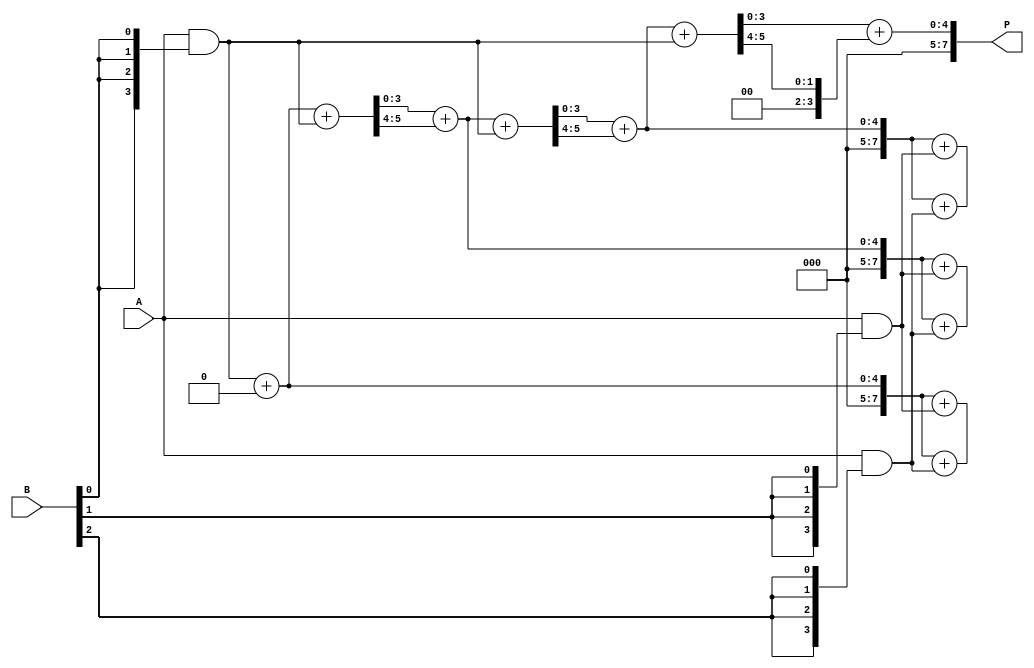
module wallace_tree_multiplier #(parameter N = 4) (
    input [N-1:0] A,
    input [N-1:0] B,
    output reg [2*N-1:0] P
);

    // Partial product array
    wire [N-1:0] pp [0:N-1]; // Partial products

    // Generate partial products
    genvar i;
    generate
        for (i = 0; i < N; i = i + 1) begin : partial_product_gen
            assign pp[i] = A & {N{B[i]}}; // AND each bit of B with A
        end
    endgenerate

    // Carry-Save Adder (CSA) structure
    wire [N-1:0] sum [0:N-1];
    wire [N-1:0] carry [0:N-1];

    // Initialize sum and carry
    assign sum[0] = pp[0];
    assign carry[0] = 0;

    // Wallace tree reduction
    genvar j, k;
    generate
        for (j = 0; j < N-1; j = j + 1) begin : wallace_reduction
            for (k = 0; k < (N+1)/3; k = k + 1) begin : CSA
                if (3*k < N) begin
                    assign {carry[j+1], sum[j+1]} = sum[j] + carry[j] + pp[3*k];
                end
                if (3*k+1 < N) begin
                    assign {carry[j+1], sum[j+1]} = sum[j] + carry[j] + pp[3*k+1];
                end
                if (3*k+2 < N) begin
                    assign {carry[j+1], sum[j+1]} = sum[j] + carry[j] + pp[3*k+2];
                end
            end
        end
    endgenerate

    // Final addition: sum the last carry and sum
    always @(*) begin
        P = sum[N-1] + carry[N-1];
    end

endmodule